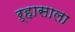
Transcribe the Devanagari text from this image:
ऱ्हासाला